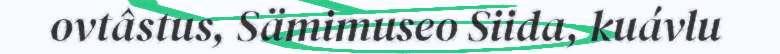
ovtâstus, Sämimuseo Siida, kuávlu